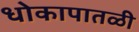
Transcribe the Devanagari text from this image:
धोकापातळी